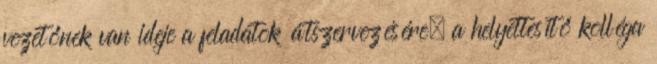
vezetőnek van ideje a feladatok átszervezésére, a helyettesítő kolléga